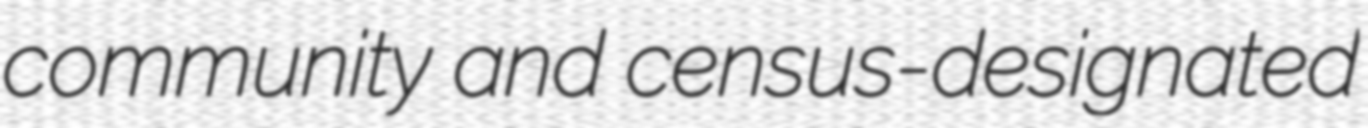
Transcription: community and census-designated